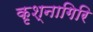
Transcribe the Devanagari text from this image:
कृश्नागिरि